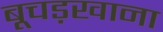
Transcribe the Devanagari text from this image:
बूचड़खाना